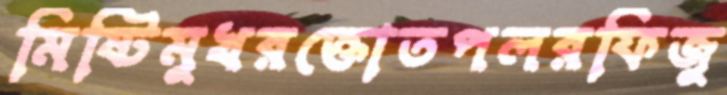
মিষ্টিমুখরক্তোতপলরফিজু